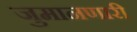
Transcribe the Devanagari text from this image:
जुमानणारी